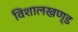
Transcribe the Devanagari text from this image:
विशालखण्ड